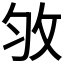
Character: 𢼇